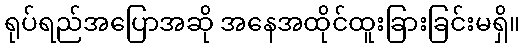
ရုပ်ရည်အပြောအဆို အနေအထိုင်ထူးခြားခြင်းမရှိ။